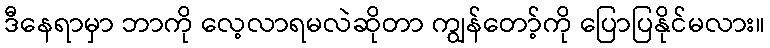
ဒီနေရာမှာ ဘာကို လေ့လာရမလဲဆိုတာ ကျွန်တော့်ကို ပြောပြနိုင်မလား။